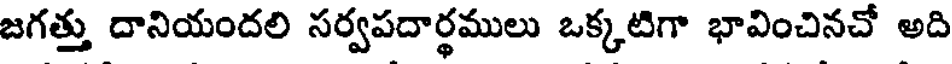
జగత్తు దానియందలి సర్వపదార్థములు ఒక్కటిగా భావించినచో అది